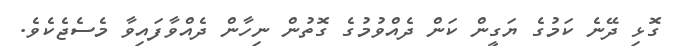
ގޮޅި ދޭނެ ކަމުގެ ޔަގީން ކަން ދެއްވުމުގެ ގޮތުން ނިހާން ދެއްވާފައިވާ މެސެޖެކެވެ.